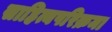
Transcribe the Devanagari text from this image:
साहित्यपरिक्रमा